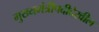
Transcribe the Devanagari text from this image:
मुख्यमंत्रीपदीदेखील